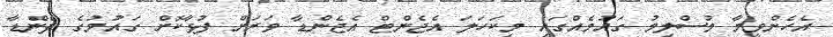
އެެެހެންވީމާ މުސްލިމު ގައުމެއްގައި މިކަހަލަ އެޖެންޓް އެޖެންޑާ ވަރަށް ފުޅާކޮށް ގައުމުގެ ފެންޑާ